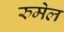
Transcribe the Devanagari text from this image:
रुमेल